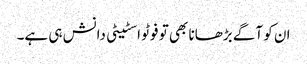
ان کو آگے بڑھانا بھی تو فوٹو اسٹیٹی دانش ہی ہے۔